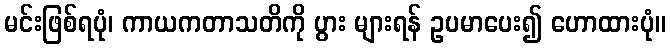
မင်းဖြစ်ရပုံ၊ ကာယကတာသတိကို ပွား များရန် ဥပမာပေး၍ ဟောထားပုံ။